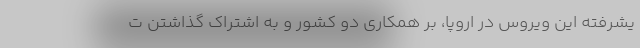
یشرفته این ویروس در اروپا، بر همکاری دو کشور و به اشتراک گذاشتن ت